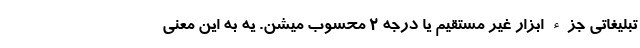
تبلیغاتی جزء ابزار غیر مستقیم یا درجه 2 محسوب میشن. یه به این معنی